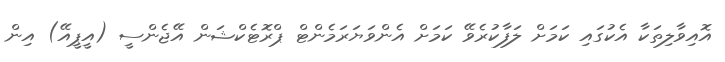
އޮއިވާލިތަކާ އެކުގައި ކަމަށް ލަފާކުރެވޭ ކަމަށް އެންވަޔަރަމެންޓް ޕްރޮޓެކްޝަން އޭޖެންސީ (އީޕީއޭ) އިން